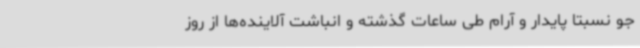
جو نسبتاً پایدار و آرام طی ساعات گذشته و انباشت آلاینده‌ها از روز